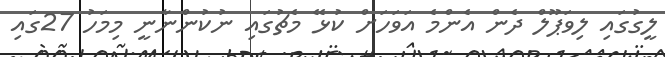
ލީގުގައި ލިވަޕޫލް ދެން އެންމެ އަވަހަށް ކުޅޭ މެޗުގައި ނުކުންނާނީ މިމަހު 27ގައި